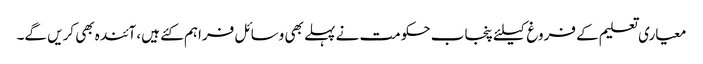
معیاری تعلیم کے فروغ کیلئے پنجاب حکومت نے پہلے بھی وسائل فراہم کئے ہیں، آئندہ بھی کریں گے۔